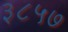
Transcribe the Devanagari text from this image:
३८५७